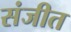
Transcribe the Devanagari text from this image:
संजीत